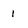
Character: l